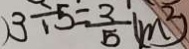
3 \div 5 = \frac { 3 } { 5 } ( m ^ { 2 } )